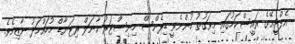
އެލްޖީއޭގެ ރައީސްކަމުގައި މިވަގުތު ހުންނެވީ ޑިފެންސް މިނިސްޓަރު ކާނަލް ރިޓަޔާޑް މުހައްމަދު ނާޒިމެވެ.